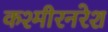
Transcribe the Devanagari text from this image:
कश्मीरनरेश